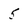
Character: 5